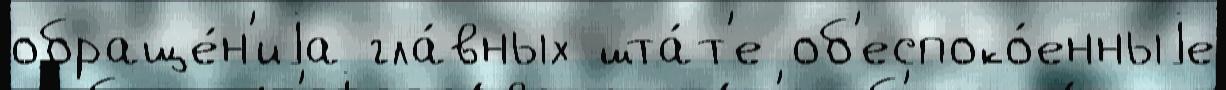
обраще́н'иjа гла́вных шта́т'е об'еспоко́енныjе